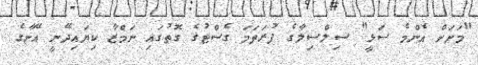
"މަށަށް އެންމެ ސަޅީ" ސިލްސިލާގެ ފުރަތަމަ ގެސްޓުގެ ގޮތުގައި ނަމްޒާ ކިޔައިދޭނީ އޭނާގެ